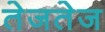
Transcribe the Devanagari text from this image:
तेजतेज